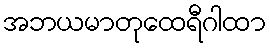
အဘယမာတုထေရီဂါထာ